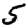
Digit: 5